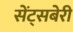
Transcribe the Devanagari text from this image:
सेंट्सबेरी